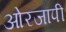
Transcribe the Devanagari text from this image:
ओरजापी